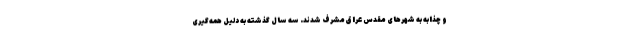
و چذابه به شهرهای مقدس عراق مشرف شدند. سه سال گذشته به دلیل همه‌گیری